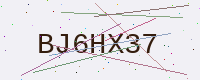
Text: BJ6HX37